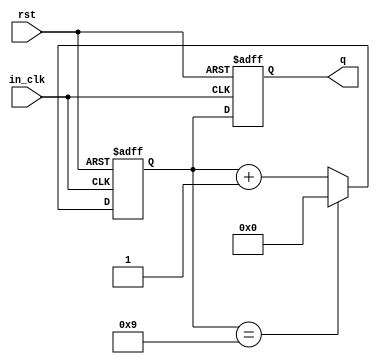
module counter(rst, in_clk, q);
  input in_clk, rst;

  output [3:0]q;

  reg [3:0]q, temp;
  
  always@(posedge in_clk or negedge rst)
  begin
    if(!rst)
	begin
      temp<=0;
      q<=0;    
    end    
    else
	begin 

      if(temp == 9)
        temp <= 0;
      else
        temp<=temp+1;

      q <= temp;
    end 
     
  end  
endmodule